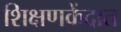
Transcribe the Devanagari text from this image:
शिक्षणकेंद्रात